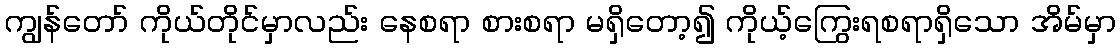
ကျွန်တော် ကိုယ်တိုင်မှာလည်း နေစရာ စားစရာ မရှိတော့၍ ကိုယ့်ကြွေးရစရာရှိသော အိမ်မှာ